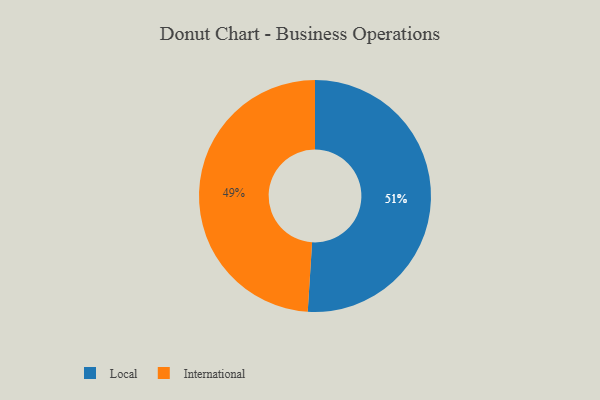
{"axis": {"x": "Category", "y": "Percentage"}, "legend": ["International", "Local"], "data": [{"x": "International", "y": 49, "type": "International"}, {"x": "Local", "y": 51, "type": "Local"}]}